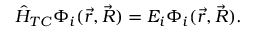
\hat { H } _ { T C } \Phi _ { i } ( \vec { r } , \vec { R } ) = E _ { i } \Phi _ { i } ( \vec { r } , \vec { R } ) .